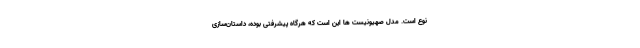
نوع است. مدل صهیونیست ها این است که هرگاه پیشرفتی بوده، داستان‌سازی